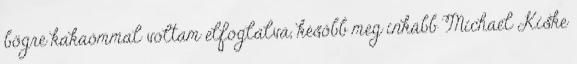
bögre kakaómmal voltam elfoglalva, később meg inkább Michael Kiske